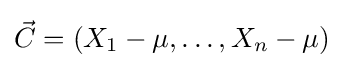
{\vec {C}}=(X_{1}-\mu ,\ldots ,X_{n}-\mu )